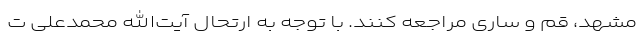
مشهد، قم و ساری مراجعه کنند. با توجه به ارتحال آیت‌الله محمدعلی ت